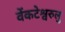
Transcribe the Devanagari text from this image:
वेंकटेश्वरुलु